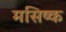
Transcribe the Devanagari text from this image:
मसिष्क